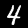
Digit: 4